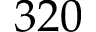
3 2 0